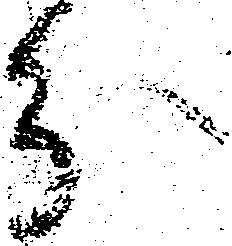
分